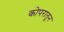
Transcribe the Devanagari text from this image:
कोपरातून